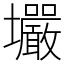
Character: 壧